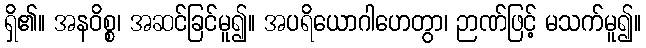
ရှိ၏။ အနဝိစ္စ၊ အဆင်ခြင်မူ၍။ အပရိယောဂါဟေတွာ၊ ဉာဏ်ဖြင့် မသက်မူ၍။